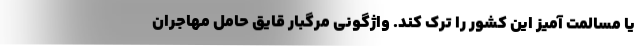
یا مسالمت آمیز این کشور را ترک کند. واژگونی مرگبار قایق حامل مهاجران